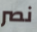
نصر